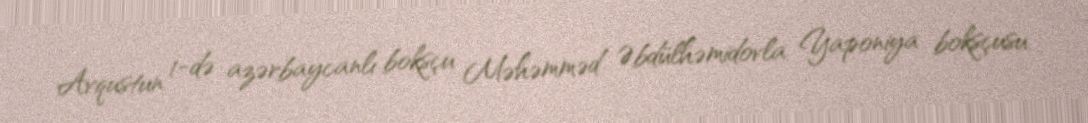
Avqustun 1-də azərbaycanlı boksçu Məhəmməd Əbdülhəmidovla Yaponiya boksçusu